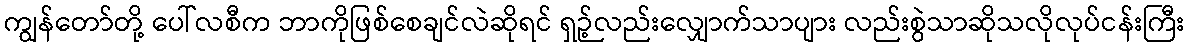
ကျွန်တော်တို့ ပေါ်လစီက ဘာကိုဖြစ်စေချင်လဲဆိုရင် ရှဉ့်လည်းလျှောက်သာပျား လည်းစွဲသာဆိုသလိုလုပ်ငန်းကြီး